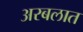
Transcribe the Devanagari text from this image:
अरबलात